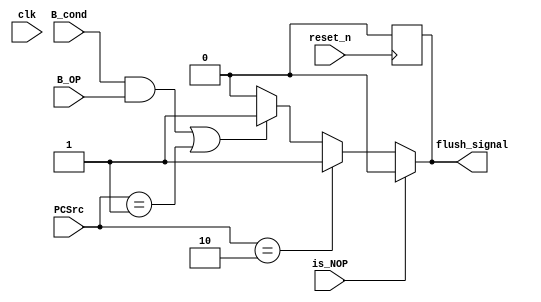
module FlushUnit(clk, reset_n, is_NOP, PCSrc, B_OP, B_cond, flush_signal);
    input clk, reset_n;
    input is_NOP;
    input [1:0] PCSrc;
    input B_OP;
    input B_cond;

    output flush_signal;
    reg flush_signal;

    initial begin
        flush_signal <= 0;
        
    end

    always @ (negedge reset_n) begin
        flush_signal <= 0;
    end

    always @(*) begin
        if(!is_NOP) begin
            if(PCSrc == 2) begin
                flush_signal <= 1;
            end
            else if((B_cond && B_OP) || (PCSrc == 1)) begin
                flush_signal <= 1;
            end
            else if( PCSrc == 0) begin
                flush_signal <= 0;
            end
            else begin
                flush_signal <=0;
            end
        end
        else begin
            flush_signal <=0;
        end
    end
endmodule